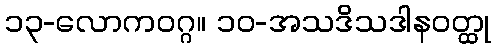
၁၃-လောကဝဂ္ဂ။ ၁၀-အသဒိသဒါနဝတ္ထု